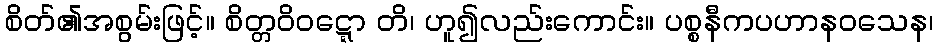
စိတ်၏အစွမ်းဖြင့်။ စိတ္တဝိဝဋ္ဋော တိ၊ ဟူ၍လည်းကောင်း။ ပစ္စနီကပဟာနဝသေန၊